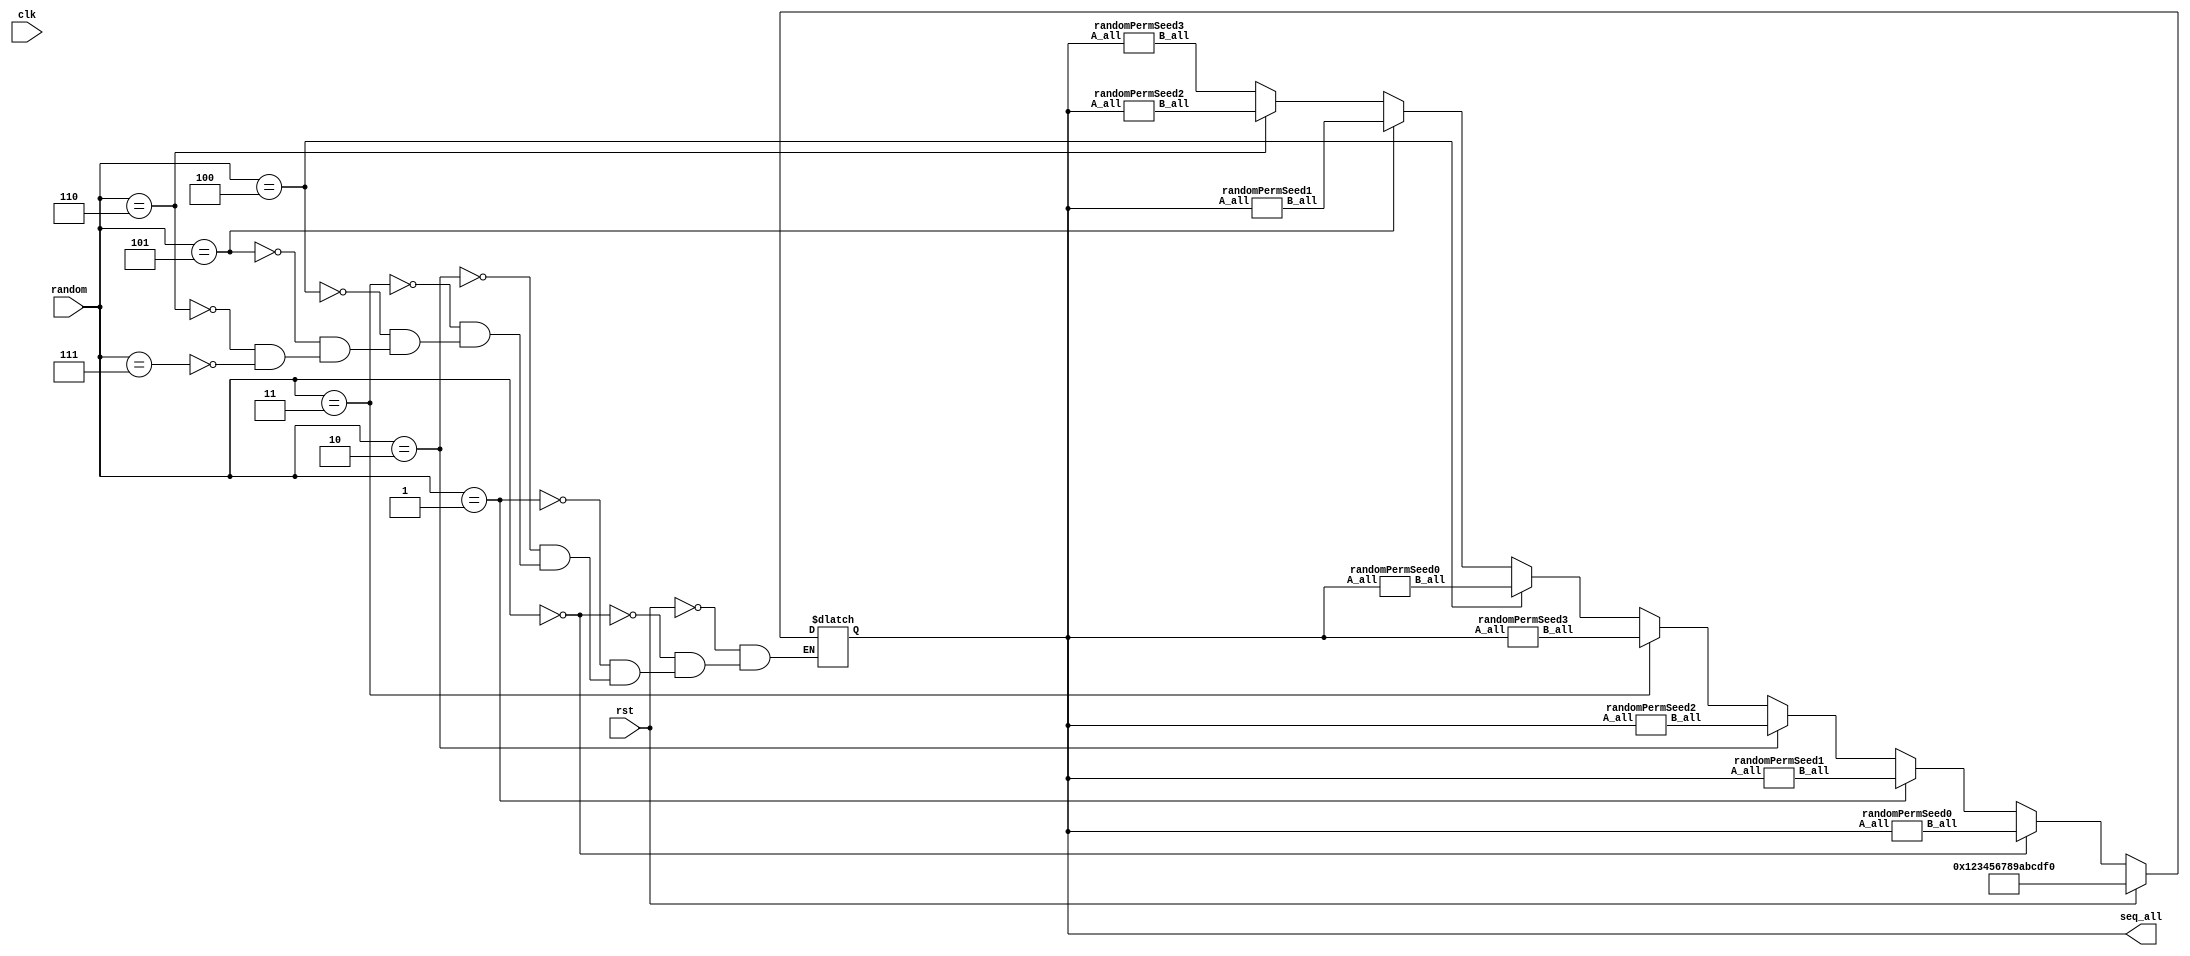
module randomPerm16(rst, clk, random, seq_all); //shuffle 0, 1, .. 15 integers based on rotaryPos
    input rst, clk;
    input [2:0] random;
    output [63:0] seq_all;
    reg [63:0] seq_all;
    wire [63:0] map0, map1, map2, map3, map4, map5, map6, map7;
    randomPermSeed0 rps0(.A_all(seq_all), .B_all(map0));
    randomPermSeed1 rps1(.A_all(seq_all), .B_all(map1));
    randomPermSeed2 rps2(.A_all(seq_all), .B_all(map2));
    randomPermSeed3 rps3(.A_all(seq_all), .B_all(map3));
    randomPermSeed0 rps4(.A_all(seq_all), .B_all(map4));
    randomPermSeed1 rps5(.A_all(seq_all), .B_all(map5));
    randomPermSeed2 rps6(.A_all(seq_all), .B_all(map6));
    randomPermSeed3 rps7(.A_all(seq_all), .B_all(map7));
    always @(clk or rst) begin
        if (rst) begin
            seq_all <= {4'b0000, 4'b0001, 4'b0010, 4'b0011, 4'b0100, 4'b0101, 4'b0110, 4'b0111, 4'b1000, 4'b1001, 4'b1010, 4'b1011, 4'b1100, 4'b1101, 4'b1110, 4'b1111};
        end else begin
            if (random == 3'd0)
                seq_all <= map0;
            else if (random == 3'd1)
                seq_all <= map1;
            else if (random == 3'd2)
                seq_all <= map2;
            else if (random == 3'd3)
                seq_all <= map3;
            else if (random == 3'd4)
                seq_all <= map4;
            else if (random == 3'd5)
                seq_all <= map5;
            else if (random == 3'd6)
                seq_all <= map6;
            else if (random == 3'd7)
                seq_all <= map7;
        end
    end
endmodule

//cycle: 16
//cycle: 16
//cycle: 16
//cycle: 16
//cycle: 16
//cycle: 16
//cycle: 16
//cycle: 16
//0th: [6, 8, 9, 1, 13, 0, 12, 15, 5, 10, 7, 3, 14, 11, 2, 4]
module randomPermSeed0(A_all, B_all);
    input [63:0] A_all;
    output [63:0] B_all;
    assign B_all[3:0] = A_all[27:24];
    assign B_all[7:4] = A_all[35:32];
    assign B_all[11:8] = A_all[39:36];
    assign B_all[15:12] = A_all[7:4];
    assign B_all[19:16] = A_all[55:52];
    assign B_all[23:20] = A_all[3:0];
    assign B_all[27:24] = A_all[51:48];
    assign B_all[31:28] = A_all[63:60];
    assign B_all[35:32] = A_all[23:20];
    assign B_all[39:36] = A_all[43:40];
    assign B_all[43:40] = A_all[31:28];
    assign B_all[47:44] = A_all[15:12];
    assign B_all[51:48] = A_all[59:56];
    assign B_all[55:52] = A_all[47:44];
    assign B_all[59:56] = A_all[11:8];
    assign B_all[63:60] = A_all[19:16];
endmodule
//1th: [4, 8, 14, 2, 7, 12, 13, 9, 10, 11, 3, 15, 1, 0, 6, 5]
module randomPermSeed1(A_all, B_all);
    input [63:0] A_all;
    output [63:0] B_all;
    assign B_all[3:0] = A_all[19:16];
    assign B_all[7:4] = A_all[35:32];
    assign B_all[11:8] = A_all[59:56];
    assign B_all[15:12] = A_all[11:8];
    assign B_all[19:16] = A_all[31:28];
    assign B_all[23:20] = A_all[51:48];
    assign B_all[27:24] = A_all[55:52];
    assign B_all[31:28] = A_all[39:36];
    assign B_all[35:32] = A_all[43:40];
    assign B_all[39:36] = A_all[47:44];
    assign B_all[43:40] = A_all[15:12];
    assign B_all[47:44] = A_all[63:60];
    assign B_all[51:48] = A_all[7:4];
    assign B_all[55:52] = A_all[3:0];
    assign B_all[59:56] = A_all[27:24];
    assign B_all[63:60] = A_all[23:20];
endmodule
//2th: [14, 10, 1, 11, 0, 6, 2, 9, 4, 12, 3, 15, 5, 8, 7, 13]
module randomPermSeed2(A_all, B_all);
    input [63:0] A_all;
    output [63:0] B_all;
    assign B_all[3:0] = A_all[59:56];
    assign B_all[7:4] = A_all[43:40];
    assign B_all[11:8] = A_all[7:4];
    assign B_all[15:12] = A_all[47:44];
    assign B_all[19:16] = A_all[3:0];
    assign B_all[23:20] = A_all[27:24];
    assign B_all[27:24] = A_all[11:8];
    assign B_all[31:28] = A_all[39:36];
    assign B_all[35:32] = A_all[19:16];
    assign B_all[39:36] = A_all[51:48];
    assign B_all[43:40] = A_all[15:12];
    assign B_all[47:44] = A_all[63:60];
    assign B_all[51:48] = A_all[23:20];
    assign B_all[55:52] = A_all[35:32];
    assign B_all[59:56] = A_all[31:28];
    assign B_all[63:60] = A_all[55:52];
endmodule
//3th: [3, 9, 12, 13, 10, 11, 7, 8, 1, 14, 2, 4, 6, 5, 15, 0]
module randomPermSeed3(A_all, B_all);
    input [63:0] A_all;
    output [63:0] B_all;
    assign B_all[3:0] = A_all[15:12];
    assign B_all[7:4] = A_all[39:36];
    assign B_all[11:8] = A_all[51:48];
    assign B_all[15:12] = A_all[55:52];
    assign B_all[19:16] = A_all[43:40];
    assign B_all[23:20] = A_all[47:44];
    assign B_all[27:24] = A_all[31:28];
    assign B_all[31:28] = A_all[35:32];
    assign B_all[35:32] = A_all[7:4];
    assign B_all[39:36] = A_all[59:56];
    assign B_all[43:40] = A_all[11:8];
    assign B_all[47:44] = A_all[19:16];
    assign B_all[51:48] = A_all[27:24];
    assign B_all[55:52] = A_all[23:20];
    assign B_all[59:56] = A_all[63:60];
    assign B_all[63:60] = A_all[3:0];
endmodule
//4th: [10, 13, 4, 14, 0, 8, 11, 3, 15, 12, 7, 2, 5, 6, 9, 1]
module randomPermSeed4(A_all, B_all);
    input [63:0] A_all;
    output [63:0] B_all;
    assign B_all[3:0] = A_all[43:40];
    assign B_all[7:4] = A_all[55:52];
    assign B_all[11:8] = A_all[19:16];
    assign B_all[15:12] = A_all[59:56];
    assign B_all[19:16] = A_all[3:0];
    assign B_all[23:20] = A_all[35:32];
    assign B_all[27:24] = A_all[47:44];
    assign B_all[31:28] = A_all[15:12];
    assign B_all[35:32] = A_all[63:60];
    assign B_all[39:36] = A_all[51:48];
    assign B_all[43:40] = A_all[31:28];
    assign B_all[47:44] = A_all[11:8];
    assign B_all[51:48] = A_all[23:20];
    assign B_all[55:52] = A_all[27:24];
    assign B_all[59:56] = A_all[39:36];
    assign B_all[63:60] = A_all[7:4];
endmodule
//5th: [11, 14, 1, 10, 0, 12, 2, 13, 15, 6, 7, 3, 4, 9, 8, 5]
module randomPermSeed5(A_all, B_all);
    input [63:0] A_all;
    output [63:0] B_all;
    assign B_all[3:0] = A_all[47:44];
    assign B_all[7:4] = A_all[59:56];
    assign B_all[11:8] = A_all[7:4];
    assign B_all[15:12] = A_all[43:40];
    assign B_all[19:16] = A_all[3:0];
    assign B_all[23:20] = A_all[51:48];
    assign B_all[27:24] = A_all[11:8];
    assign B_all[31:28] = A_all[55:52];
    assign B_all[35:32] = A_all[63:60];
    assign B_all[39:36] = A_all[27:24];
    assign B_all[43:40] = A_all[31:28];
    assign B_all[47:44] = A_all[15:12];
    assign B_all[51:48] = A_all[19:16];
    assign B_all[55:52] = A_all[39:36];
    assign B_all[59:56] = A_all[35:32];
    assign B_all[63:60] = A_all[23:20];
endmodule
//6th: [10, 5, 8, 13, 15, 2, 14, 6, 3, 12, 9, 0, 4, 7, 11, 1]
module randomPermSeed6(A_all, B_all);
    input [63:0] A_all;
    output [63:0] B_all;
    assign B_all[3:0] = A_all[43:40];
    assign B_all[7:4] = A_all[23:20];
    assign B_all[11:8] = A_all[35:32];
    assign B_all[15:12] = A_all[55:52];
    assign B_all[19:16] = A_all[63:60];
    assign B_all[23:20] = A_all[11:8];
    assign B_all[27:24] = A_all[59:56];
    assign B_all[31:28] = A_all[27:24];
    assign B_all[35:32] = A_all[15:12];
    assign B_all[39:36] = A_all[51:48];
    assign B_all[43:40] = A_all[39:36];
    assign B_all[47:44] = A_all[3:0];
    assign B_all[51:48] = A_all[19:16];
    assign B_all[55:52] = A_all[31:28];
    assign B_all[59:56] = A_all[47:44];
    assign B_all[63:60] = A_all[7:4];
endmodule
//7th: [8, 3, 7, 10, 11, 15, 13, 14, 9, 12, 0, 6, 5, 2, 1, 4]
module randomPermSeed7(A_all, B_all);
    input [63:0] A_all;
    output [63:0] B_all;
    assign B_all[3:0] = A_all[35:32];
    assign B_all[7:4] = A_all[15:12];
    assign B_all[11:8] = A_all[31:28];
    assign B_all[15:12] = A_all[43:40];
    assign B_all[19:16] = A_all[47:44];
    assign B_all[23:20] = A_all[63:60];
    assign B_all[27:24] = A_all[55:52];
    assign B_all[31:28] = A_all[59:56];
    assign B_all[35:32] = A_all[39:36];
    assign B_all[39:36] = A_all[51:48];
    assign B_all[43:40] = A_all[3:0];
    assign B_all[47:44] = A_all[27:24];
    assign B_all[51:48] = A_all[23:20];
    assign B_all[55:52] = A_all[11:8];
    assign B_all[59:56] = A_all[7:4];
    assign B_all[63:60] = A_all[19:16];
endmodule